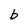
Character: b